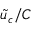
\tilde { u } _ { c } / C